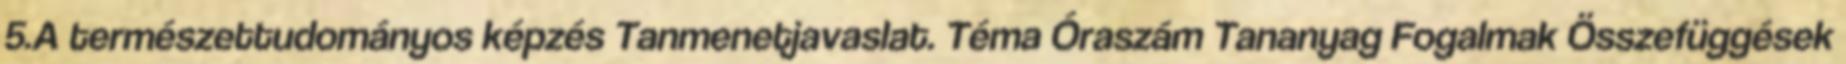
5.A természettudományos képzés Tanmenetjavaslat. Téma Óraszám Tananyag Fogalmak Összefüggések